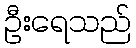
ဦးရေသည်